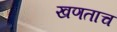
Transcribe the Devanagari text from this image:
खणताच